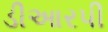
ડીઆરપી